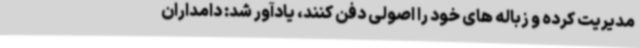
مدیریت کرده و زباله های خود را اصولی دفن کنند، یادآور شد: دامداران